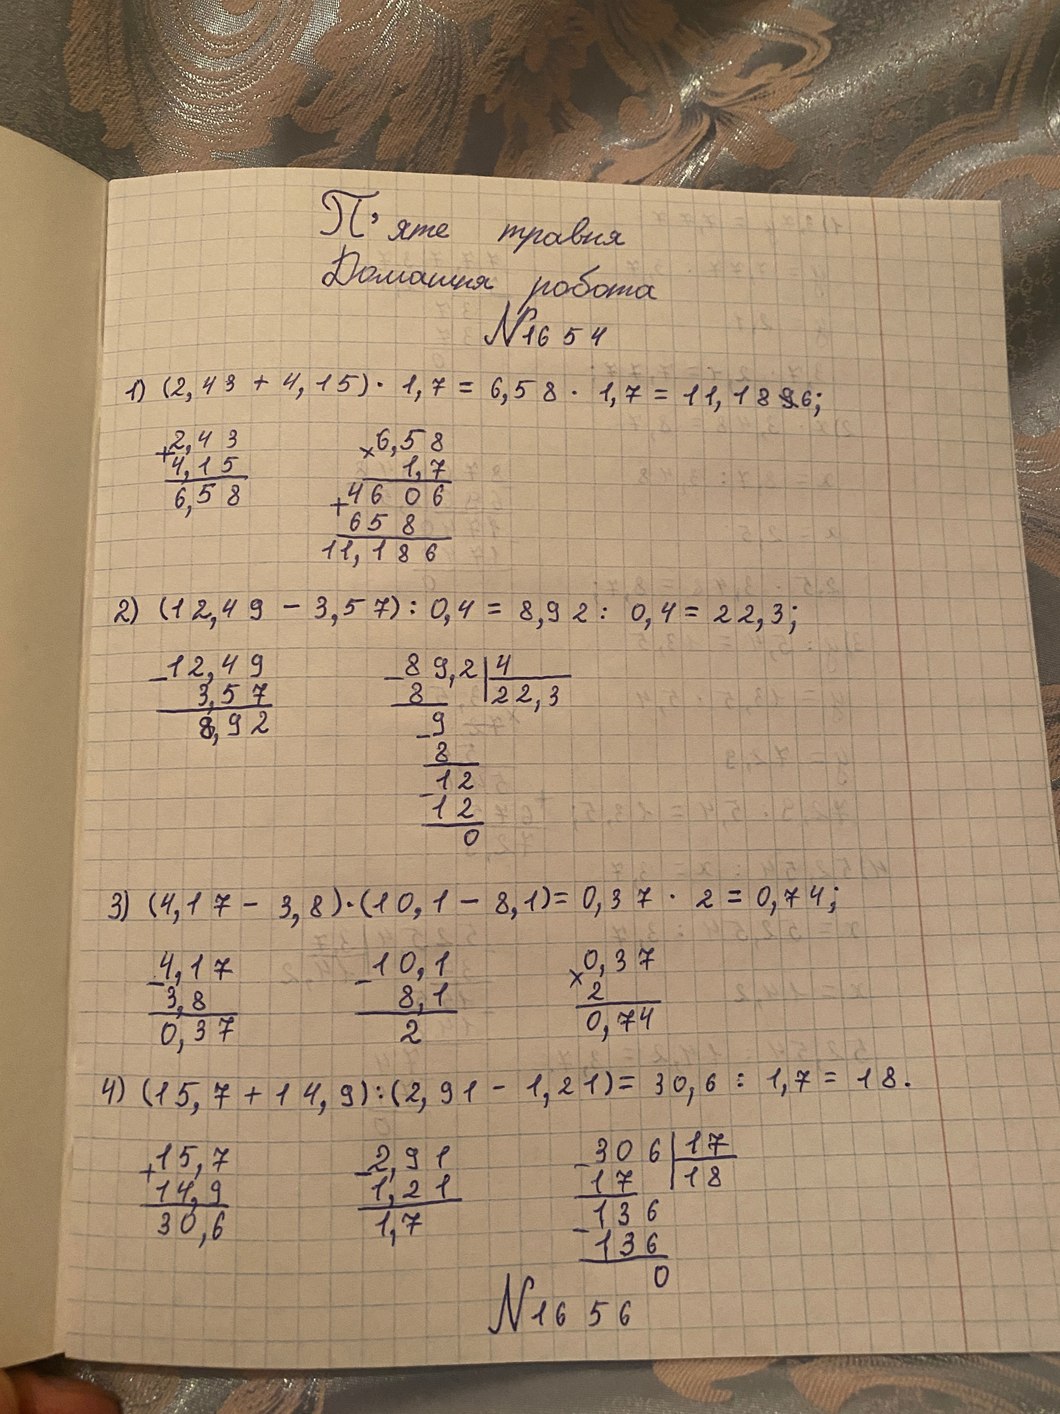
П'яте травня
Домашня робота
№ 1654
1) (2,43 + 4,15) * 1,7 = 6,58 * 1,7 = 11,18~~9~~6;
6,58
1,7
4606
658
11,186
2,43
4,15
6,58
2) (12,49 - 3,57) / 0,4 = 8,92 / 0,4 = 22,3;
12,49
3,57
8,92
89,2 | 4
8 | 22,3
9
8
12
12
0
3) (4,17 - 3,8) * (10,1 - 8,1) = 0,37 * 2 = 0,74;
10,1
8,1
2
0,37
2
0,74
4,17
3,8
0,37
4) (15,7 + 14,9) / (2,91 - 1,21) = 30,6 / 1,7 = 18.
306 | 17
17 | 18
136
136
0
15,7
14,9
30,6
2,91
1,21
1,7
N1656